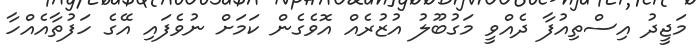
މަޖީދު އިސްތިއުފާ ދެއްވީ މަގުބޫލު އުޒުރެއް އޮވެގެން ކަމަށް ނުވެފައި އޭގެ ހަފުތާއެއްހާ